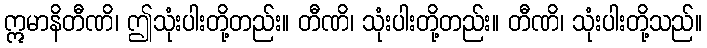
ဣမာနိတီဏိ၊ ဤသုံးပါးတို့တည်း။ တီဏိ၊ သုံးပါးတို့တည်း။ တီဏိ၊ သုံးပါးတို့သည်။